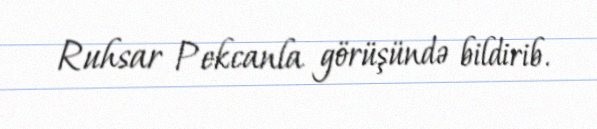
Ruhsar Pekcanla görüşündə bildirib.